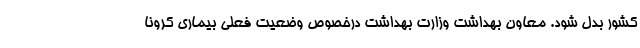
کشور بدل شود. معاون بهداشت وزارت بهداشت درخصوص وضعیت فعلی بیماری کرونا